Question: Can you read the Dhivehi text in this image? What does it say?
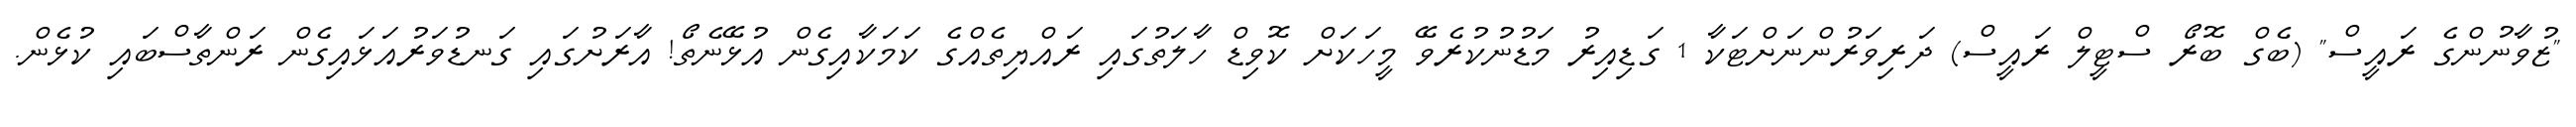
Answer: "ޒުވާނުންގެ ރައީސް" (ބެގް ބޮރޯ ސްޓީލް ރައީސް) ދަރިވަރުންނަށްޓަކާ 1 ގަޑިއިރު މަޑުނުކުރެވޭ މީހަކަށް ކޮވިޑް ހާލަތުގައި ރައްޔިތެއްގެ ކަމަކާއިގެން އުޅޭނެތޯ! އާރަށުގައި ގަނޑުވަރުއަޅައިގެން ރަންތާސްބައި ކުޅެން.